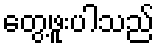
တွေ့ဖူးပါသည်